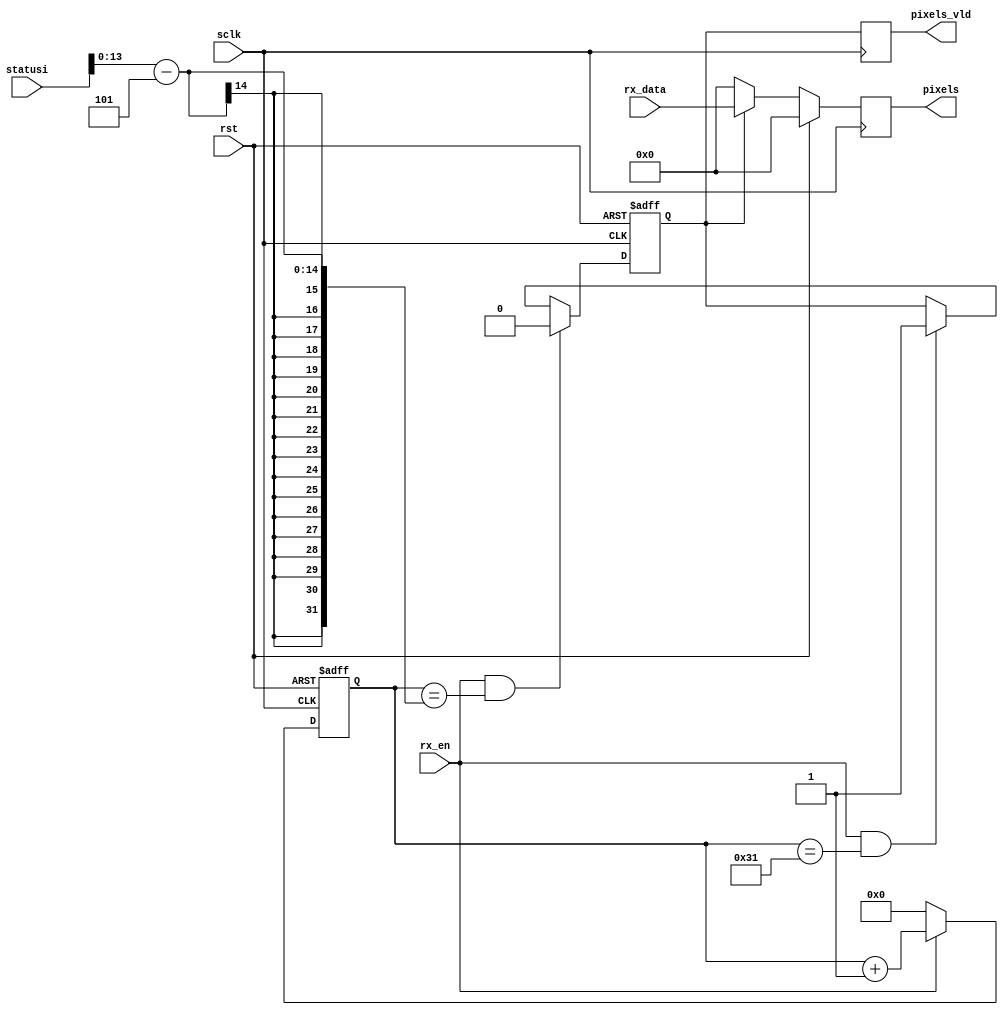
// -----------------------------------------------------------------------------
// Copyright (c) 2014-2019 All rights reserved
// -----------------------------------------------------------------------------
// wechat : 15921999232
// Create : 2019-10-29 17:28:32
// Revise : 2019-10-29 18:02:16
// Editor : sublime text3, tab size (4)
// -----------------------------------------------------------------------------
module get_images_pixels(
		input	wire 			sclk,
		input	wire 			rst,
		input	wire 			rx_en,
		input	wire 	[7:0]	rx_data,
		input	wire 	[15:0]	statusi,
		output	reg 	[7:0]	pixels,
		output	reg 			pixels_vld
    );
reg [13:0] rx_cnt;
reg 		pixel_flag;

always @(posedge sclk or posedge rst) begin
	if (rst == 1'b1) begin
		rx_cnt <='d0;
	end
	else if (rx_en == 1'b1) begin
		rx_cnt <= rx_cnt + 1'b1;
	end
	else begin
		rx_cnt <='d0;
	end
end

always @(posedge sclk or posedge rst) begin
	if (rst == 1'b1) begin
		pixel_flag <= 1'b0;
	end
	else if(rx_en == 1'b1 && rx_cnt == (statusi[13:0]-5)) begin
		pixel_flag <= 1'b0;
	end
	else if (rx_en == 1'b1 && rx_cnt == 'd49) begin
		pixel_flag <= 1'b1;
	end
end

always @(posedge sclk) begin
	pixels_vld <= pixel_flag;
end

always @(posedge sclk) begin
	if (rst == 1'b1) begin
		pixels <='d0;
	end
	else if (pixel_flag == 1'b1) begin
		pixels <= rx_data ;
	end
	else begin
		pixels <='d0;
	end
end

endmodule